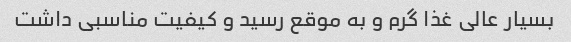
بسیار عالی غذا گرم و به موقع رسید و کیفیت مناسبی داشت